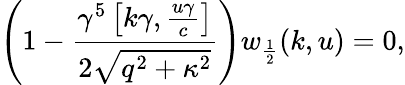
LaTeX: \left(1-\frac{\gamma^{5}\left[k\gamma,\frac{u\gamma}{c}\right]}{2\sqrt{q^{2}+\kappa^{2}}}\right)w_{\frac{1}{2}}(k,u)=0,